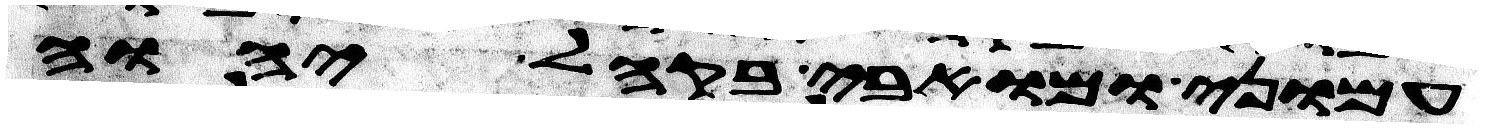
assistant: עמוני ומואבי בקהל יהוה